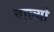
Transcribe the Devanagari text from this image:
चाल्यो